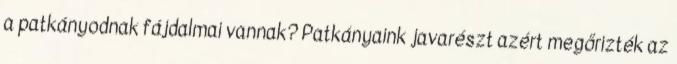
a patkányodnak fájdalmai vannak? Patkányaink javarészt azért megőrizték az